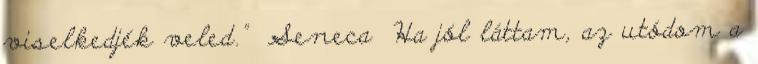
viselkedjék veled." Seneca Ha jól láttam, az utódom a